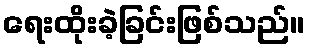
ရေးထိုးခဲ့ခြင်းဖြစ်သည်။